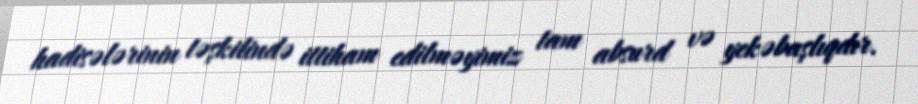
hadisələrinin təşkilində ittiham edilməyimiz tam absurd və yekəbaşlıqdır.